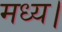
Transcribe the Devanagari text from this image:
मध्य।